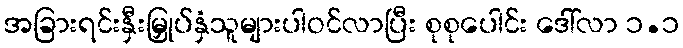
အခြားရင်းနှီးမြှုပ်နှံသူများပါဝင်လာပြီး စုစုပေါင်း ဒေါ်လာ ၁.၁